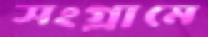
সংগ্রামে